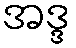
အဒ္ဒ